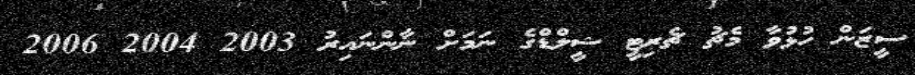
ސީޒަން ހުޅުވާ މެޗު ޗެރިޓީ ޝީލްޑްގެ ނަމަށް ނާންނައިރު 2003 2004 2006